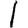
Digit: 1